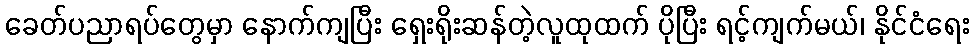
ခေတ်ပညာရပ်တွေမှာ နောက်ကျပြီး ရှေးရိုးဆန်တဲ့လူထုထက် ပိုပြီး ရင့်ကျက်မယ်၊ နိုင်ငံရေး